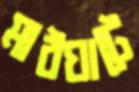
মাঠঘাটে